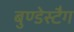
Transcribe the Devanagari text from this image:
बुण्डेस्टैग